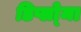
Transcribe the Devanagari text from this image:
डिप्लो्मा